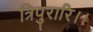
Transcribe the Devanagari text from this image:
त्रिपुरारि।।